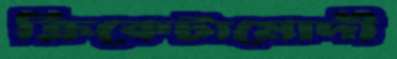
ক্রিকেটামোদী